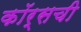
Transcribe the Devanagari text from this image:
कॉर्सची